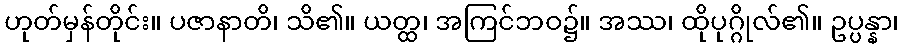
ဟုတ်မှန်တိုင်း။ ပဇာနာတိ၊ သိ၏။ ယတ္ထ၊ အကြင်ဘဝ၌။ အဿ၊ ထိုပုဂ္ဂိုလ်၏။ ဥပ္ပန္နာ၊